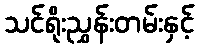
သင်ရိုးညွှန်းတမ်းနှင့်